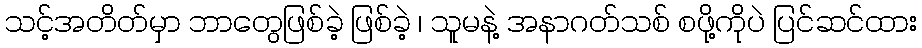
သင့်အတိတ်မှာ ဘာတွေဖြစ်ခဲ့ ဖြစ်ခဲ့ ၊ သူမနဲ့ အနာဂတ်သစ် စဖို့ကိုပဲ ပြင်ဆင်ထား